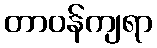
တာဝန်ကျရာ